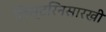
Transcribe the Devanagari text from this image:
लिस्टरिनसारखी